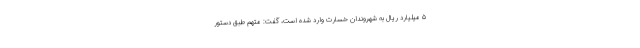
۵ میلیارد ریال به شهروندان خسارت وارد شده است، گفت: متهم طبق دستور